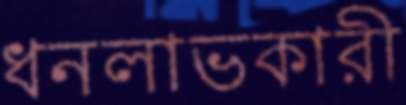
ধনলাভকারী